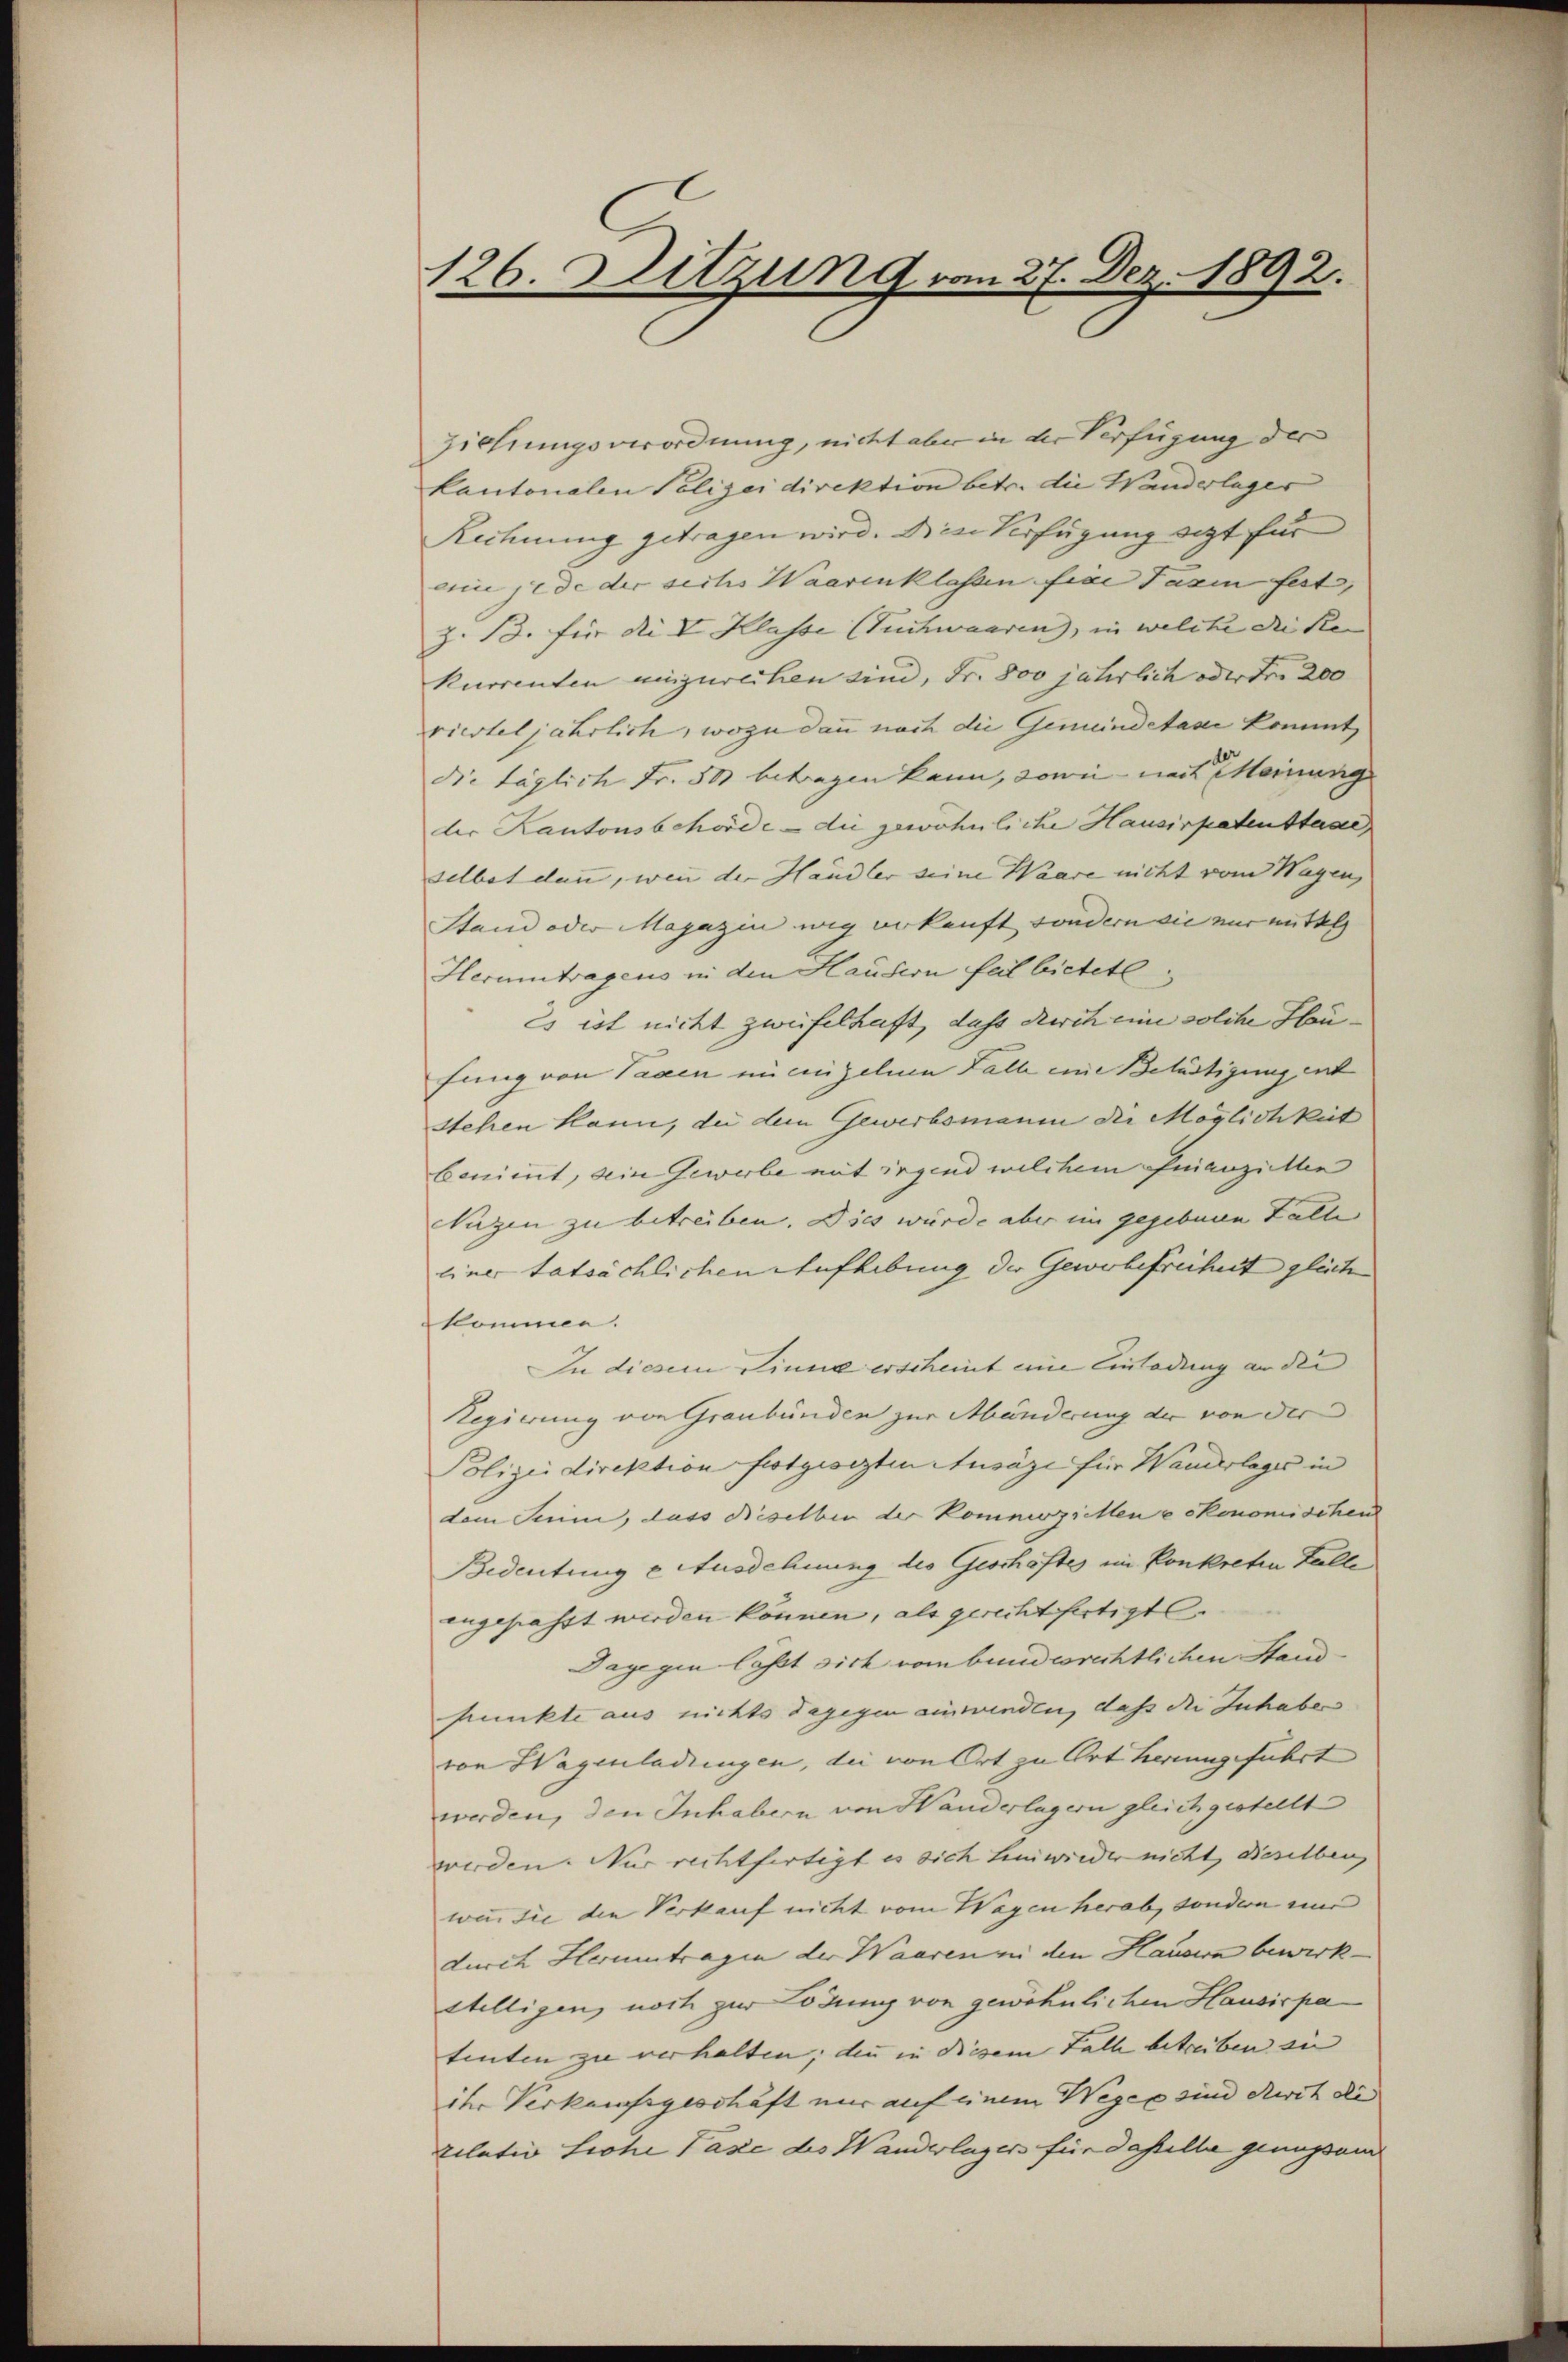
126. Sitzung vom 27. Dez. 1892.

Ziehungsverordnung, nicht aber in der Verfügung der
kantonalen Polizeidirektion betr. die Wanderlager
Rechnung getragen wird. Die Verfügung eigt für
din jede der sechs Waarenklassen fier Taxen fest,
Z. 13. für die I Klasse (Tuchwaaren, in welche die Sie |
kurrenten einzureihen sind, Fr. 800 jährlich oder Fr. 200
rierteljährlich, wozu dann noch die Gemeindetasie kommt,
die täglich Fr. 500 betragen kann, sowie nach Meinung
der Kantonsbehörde - die gewöhnliche Hausirpatenttaac,
selbst dann, wenn der Handler seine Waare nicht vom Wagen,
Stand oder Magazin weg erkunft sondern sie nur mittel |
Herumtragens in den Hausern feil bietetl
Es ist nicht zweifelhaft, dass durch eine solche Heu- |
fung von Tagen ni einzelnen Falle eine Belästigung ent
stehen kann, da dem Gewerbsmann der Möglichkeit
boniert, die Gewerbe mit irgend welchem Finanziellen
lugen zu betreiben. Dies würde aber im gegebene Falle
einer tatsächlichen Aufhebung der Gewerbefreiheit gleich
kommen.
In diesem Sinne erscheint eine Einladung an die
Regierung von Graubünden zur Münderung der von der
Polizeidirektion festgesezten Ausage für Wanderlages in
dem Sinn, dass dieselben der Kommoziellene ökonomischen
Bedeutung e Ausdehnung des Geschäftes im konkreten Falle
angefasst werden können, als gerechtfertigt
Dagegen laßt sich vom bundesrechtlichen Stand¬
Prunkte aus nichts dagegen einwenden, daß die Inhaben
von Hagenladungen, die von Ort zu Ort herungeführt
werden, den Inhabern von Handerlagern gleichgestellt
werden. Nur rechtfertigt es sich hinwieder nicht, dieselben
wie die den Verkauf nicht vom Wagen herab, sondern und
durch Herumtragen der Waaren zu den Hauswa bewirk-
stelligen, noch zur Lödung von gewöhnlichen Hausirpa
tenten zu verhalten; den in diesem Falle betreiben zu
ihr Verkaufsgeschäft nur auf einem Wegen sind durch die
zilativ Siche Pazze des Wanderlagers für dasselbe genugsam